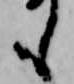
も